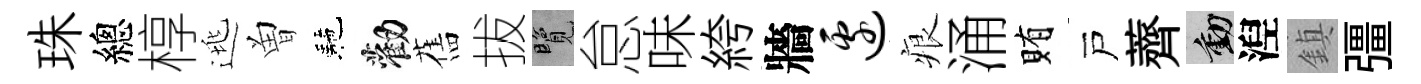
珠總椁逃曽駰勸舊拔覽怠味絝牆边痕涌賄戸薺動湼鎮彊